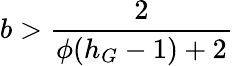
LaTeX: b>\frac{2}{\phi(h_{G}-1)+2}